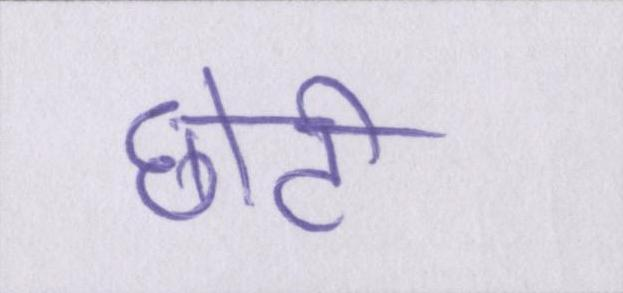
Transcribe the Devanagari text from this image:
छोटी